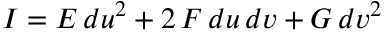
I = E \, d u ^ { 2 } + 2 \, F \, d u \, d v + G \, d v ^ { 2 }